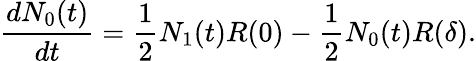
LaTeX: \frac{dN_{0}(t)}{dt}=\frac{1}{2}N_{1}(t)R(0)-\frac{1}{2}N_{0}(t)R(\delta).